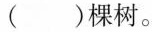
()棵树。